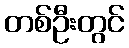
တစ်ဦးတွင်